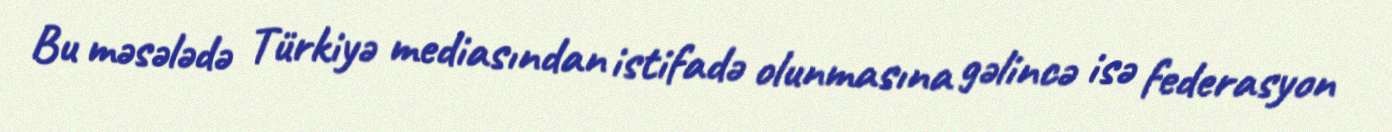
Bu məsələdə Türkiyə mediasından istifadə olunmasına gəlincə isə federasyon